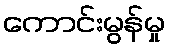
ကောင်းမွန်မှု